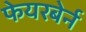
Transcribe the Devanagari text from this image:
फेयरबेर्न